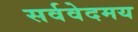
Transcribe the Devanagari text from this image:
सर्ववेदमय